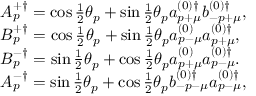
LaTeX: \begin{array} { l } { { A _ { p } ^ { + \dag } = \cos \frac 1 2 \theta _ { p } + \sin \frac 1 2 \theta _ { p } a _ { p + \mu } ^ { ( 0 ) \dag } b _ { - p + \mu } ^ { ( 0 ) \dag } , } } \\ { { B _ { p } ^ { + \dag } = \cos \frac 1 2 \theta _ { p } + \sin \frac 1 2 \theta _ { p } a _ { p - \mu } ^ { ( 0 ) } a _ { p + \mu } ^ { ( 0 ) \dag } , } } \\ { { B _ { p } ^ { - \dag } = \sin \frac 1 2 \theta _ { p } + \cos \frac 1 2 \theta _ { p } a _ { p + \mu } ^ { ( 0 ) } a _ { p - \mu } ^ { ( 0 ) \dag } . } } \\ { { A _ { p } ^ { - \dag } = \sin \frac 1 2 \theta _ { p } + \cos \frac 1 2 \theta _ { p } b _ { - p - \mu } ^ { ( 0 ) \dag } a _ { p - \mu } ^ { ( 0 ) \dag } , } } \end{array}